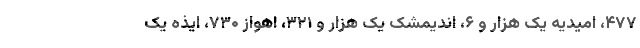
۴۷۷، امیدیه یک هزار و ۶، اندیمشک یک هزار و ۳۲۱، اهواز ۷۳۰، ایذه یک